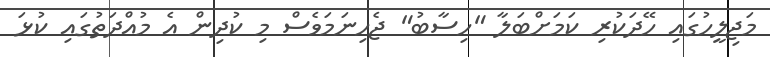
މަޖިލީހުގައި ހޭދަކުރި ކަމަށްބަލާ "ހިސާބު" ޖެހިނަމަވެސް މި ކުދިން އެ މުއްދަތުގައި ކުޅަ